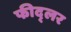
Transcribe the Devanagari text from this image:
फीद्लर